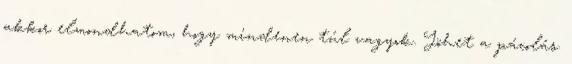
akkor elmondhatom, hogy mindenen túl vagyok. Jöhet a pácolás.